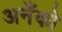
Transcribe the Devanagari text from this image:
अनेँको